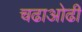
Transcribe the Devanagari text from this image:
चढाओढी